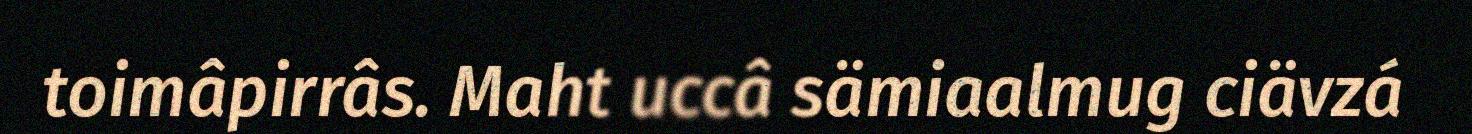
toimâpirrâs. Maht uccâ sämiaalmug ciävzá